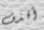
أقذف